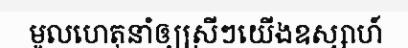
មូលហេតុនាំឲ្យស្រីៗយើងឧស្សាហ៍